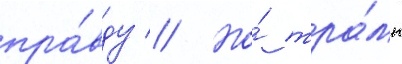
пра́вду // Но́ тра́мп